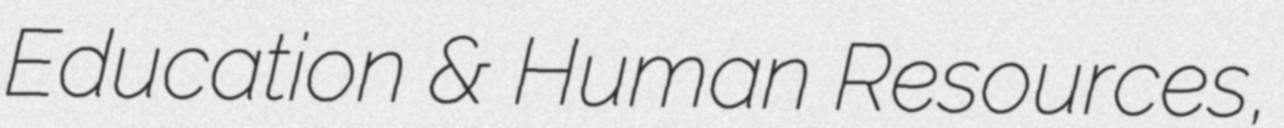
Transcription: Education & Human Resources,